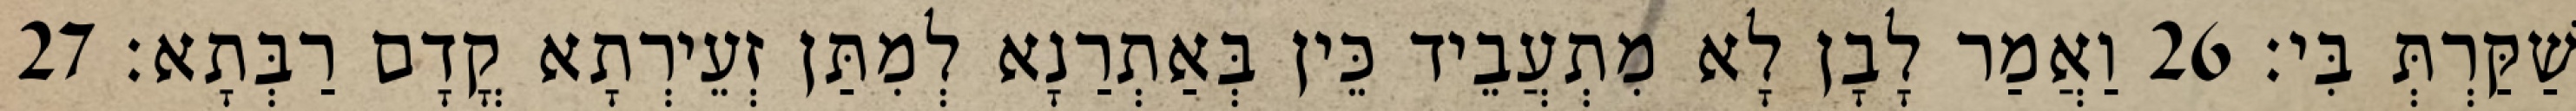
שַׁקַּרְתְּ בִּי׃ 26 וַאֲמַר לָבָן לָא מִתְעֲבֵיד כֵּין בְּאַתְרַנָא לְמִתַּן זְעֵירְתָא קֳדָם רַבְּתָא׃ 27